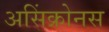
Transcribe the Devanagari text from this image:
असिंक्रोनस